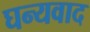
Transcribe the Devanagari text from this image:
घन्यवाद